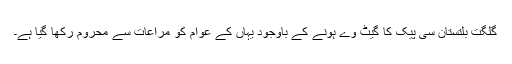
گلگت بلتستان سی پیک کا گیٹ وے ہونے کے باوجود یہاں کے عوام کو مراعات سے محروم رکھا گیا ہے۔